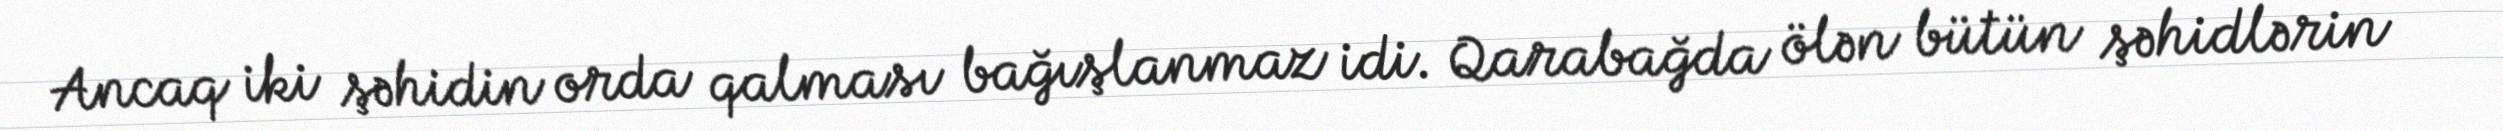
Ancaq iki şəhidin orda qalması bağışlanmaz idi. Qarabağda ölən bütün şəhidlərin